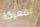
بمعركة